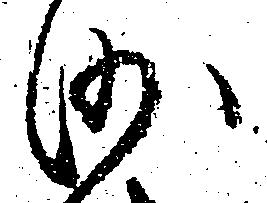
沙